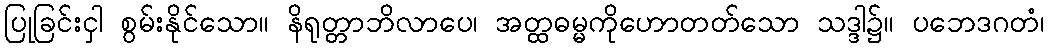
ပြုခြင်းငှါ စွမ်းနိုင်သော။ နိရုတ္တာဘိလာပေ၊ အတ္ထဓမ္မကိုဟောတတ်သော သဒ္ဒါ၌။ ပဘေဒဂတံ၊